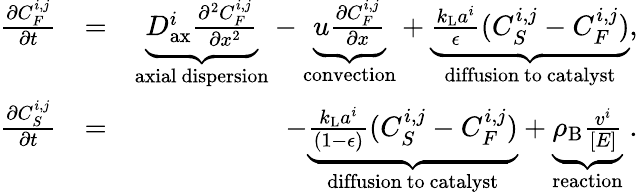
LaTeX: \begin{array}{rlr}{\frac{\partial C_{F}^{i,j}}{\partial t}}&{=}&{\underbrace{D_{\mathrm{ax}}^{i}\frac{\partial^{2}C_{F}^{i,j}}{\partial x^{2}}}_{\mathrm{axial~dispersion}}-\underbrace{u\frac{\partial C_{F}^{i,j}}{\partial x}}_{\mathrm{convection}}+\underbrace{\frac{k_{\mathrm{L}}a^{i}}{\epsilon}(C_{S}^{i,j}-C_{F}^{i,j})}_{\mathrm{diffusion~to~catalyst}},}\\ {\frac{\partial C_{S}^{i,j}}{\partial t}}&{=}&{\mathrm{-}\underbrace{\frac{k_{\mathrm{L}}a^{i}}{(1\mathrm{-}\epsilon)}(C_{S}^{i,j}-C_{F}^{i,j})}_{\mathrm{diffusion~to~catalyst}}+\underbrace{\rho_{\mathrm{B}}\frac{v^{i}}{[E]}}_{\mathrm{reaction}}\ .}\end{array}